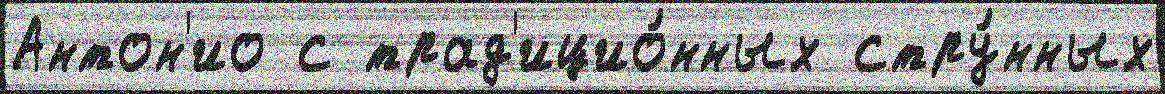
Антон'ио с трад'ицио́нных стру́нных